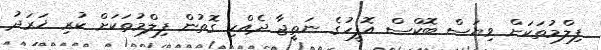
ފިލްމުތަކަށް ވިޔަސް ބޮކްސް އޮފީހުގެ ނަތީޖާ ދެއްކި ގޮތުން ފިލްމުތަކަށް ކުރި ޚަރަދު